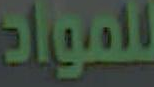
للمواد